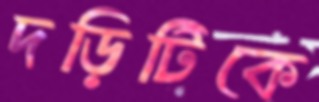
দড়িটিকে